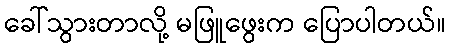
ခေါ်သွားတာလို့ မဖြူဖွေးက ပြောပါတယ်။